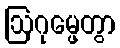
ဩဂုမ္ဖေတွာ